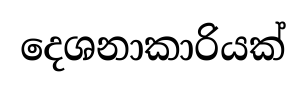
දෙශනාකාරියක්